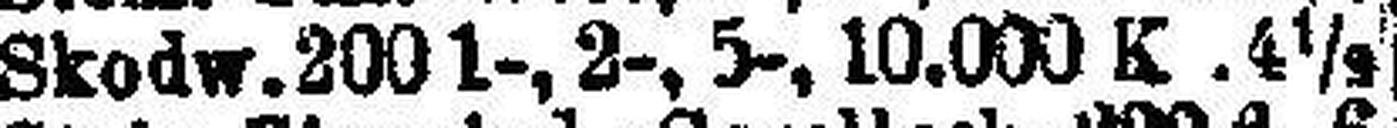
Skodw. 2001-, 2-, 5-, 10.000 K 4½